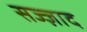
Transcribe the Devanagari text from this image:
सज्ज़ाद